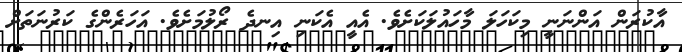
އާކުރަން އަންނަނީ މިކަހަލަ މާހައުލަކަށެވެ. އެއީ އެކަނި އިނދެ ރޯލުމަށެވެ. އަހަރެންގެ ކަރުނަތަށް